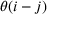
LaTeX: \theta ( i - j )